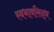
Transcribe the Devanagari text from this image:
स्वभावसिद्ध